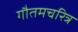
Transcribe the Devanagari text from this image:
गौतमचरित्र